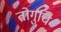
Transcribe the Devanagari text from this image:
तोगुचि